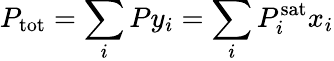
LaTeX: P_{\mathrm{{tot}}}=\sum_{i}Py_{i}=\sum_{i}P_{i}^{\mathrm{{sat}}}x_{i}